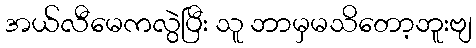
အယ်လီမေကလွဲပြီး သူ ဘာမှမသိတော့ဘူးဗျ